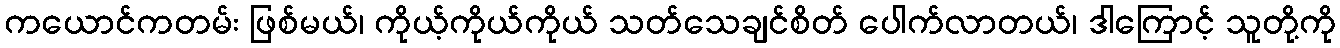
ကယောင်ကတမ်း ဖြစ်မယ်၊ ကိုယ့်ကိုယ်ကိုယ် သတ်သေချင်စိတ် ပေါက်လာတယ်၊ ဒါကြောင့် သူတို့ကို